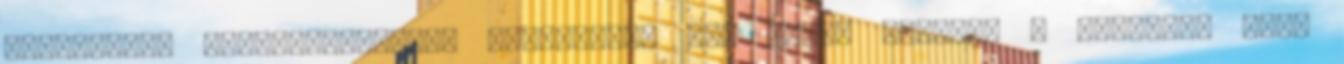
nehezebben kategorizálható kártyákkal is. Ilyen például a Budapest Bank